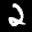
Label: 2